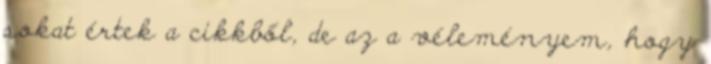
sokat értek a cikkből, de az a véleményem, hogy